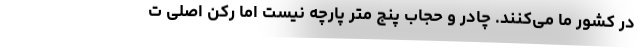
در کشور ما می‌کنند. چادر و حجاب پنج متر پارچه نیست اما رکن اصلی ت